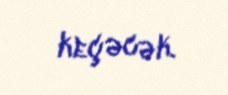
keçəcək.